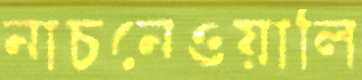
নাচনেওয়ালি